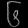
Digit: ၆